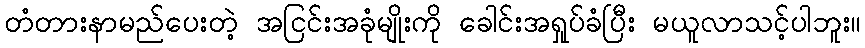
တံတားနာမည်ပေးတဲ့ အငြင်းအခုံမျိုးကို ခေါင်းအရှုပ်ခံပြီး မယူလာသင့်ပါဘူး။